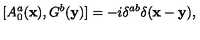
[ A _ { 0 } ^ { a } ( { \bf x } ) , G ^ { b } ( { \bf y } ) ] = - i \delta ^ { a b } \delta ( { \bf x } - { \bf y } ) ,